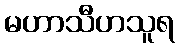
မဟာသီဟသူရ